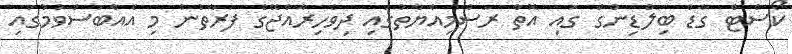
ކޯސްޓް ގާޑް ބިލްޑިންގް ގައި އޮތް ރަސްމިއްޔާތުގައި ދިވެހިރާއްޖޭގެ ފަރާތުން މި އެއްބަސްވުމުގައި